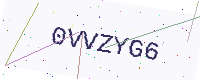
Text: 0VVZYG6